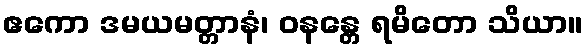
ဧကော ဒမယမတ္တာနံ၊ ဝနန္တေ ရမိတော သိယာ။